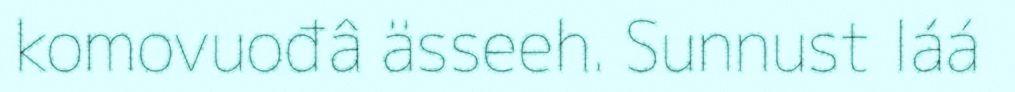
komovuođâ ässeeh. Sunnust láá